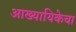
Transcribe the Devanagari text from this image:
आख्यायिकेचा